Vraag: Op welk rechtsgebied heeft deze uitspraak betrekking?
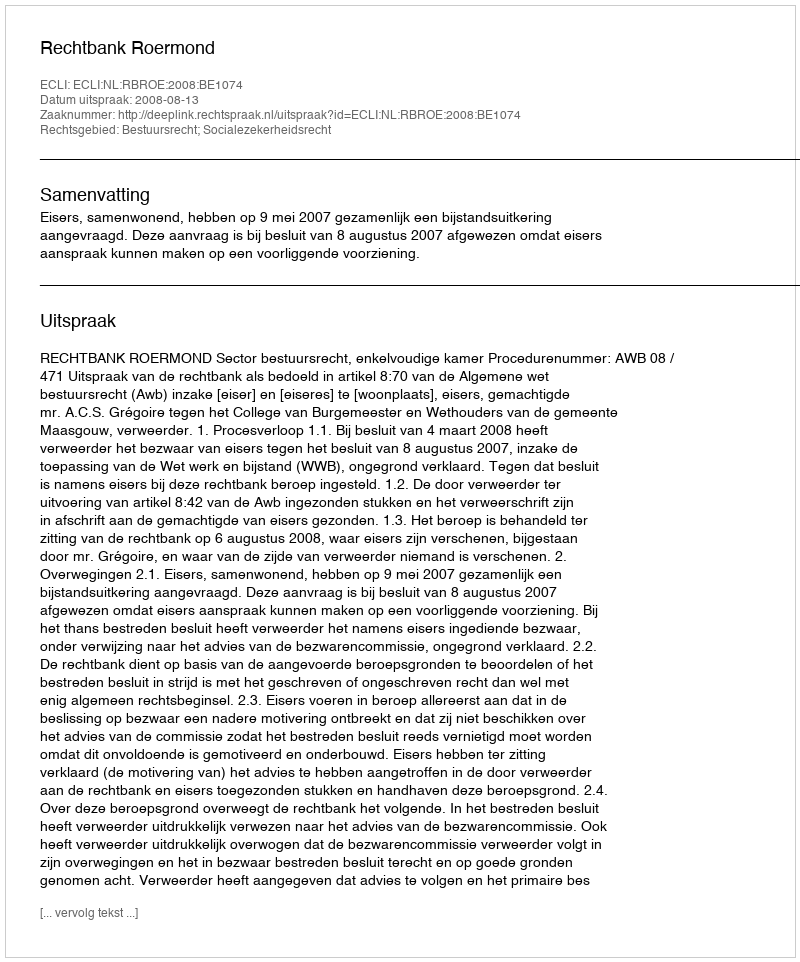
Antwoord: Bestuursrecht; Socialezekerheidsrecht